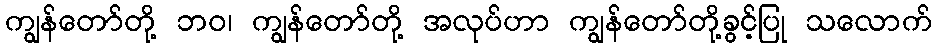
ကျွန်တော်တို့ ဘဝ၊ ကျွန်တော်တို့ အလုပ်ဟာ ကျွန်တော်တို့ခွင့်ပြု သလောက်